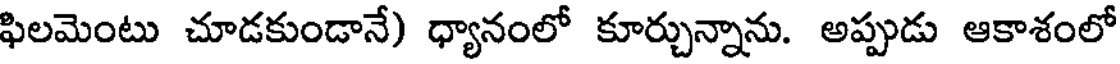
ఫిలమెంటు చూడకుండానే) ధ్యానంలో కూర్చున్నాను. అప్పుడు ఆకాశంలో